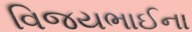
વિજયભાઈના